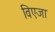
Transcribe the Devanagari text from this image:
विएजा